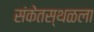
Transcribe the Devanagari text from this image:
संकेतस्थळला